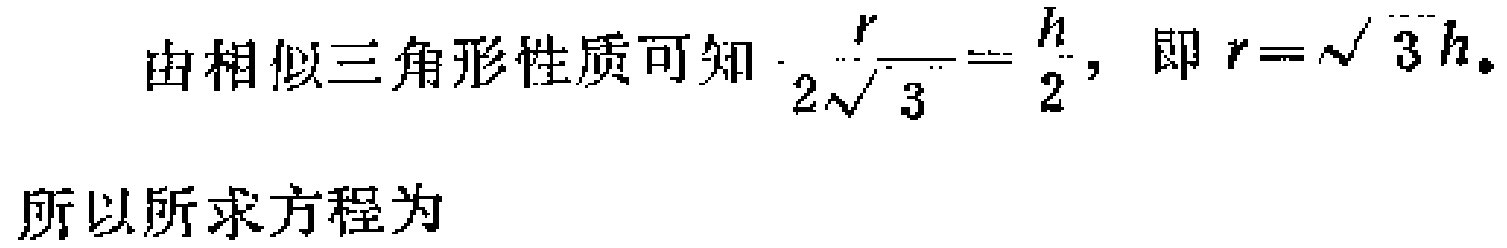
由相似三角形性质可知 \(\frac{r}{2\sqrt{3}} = \frac{h}{2}\)，即 \(r = \sqrt{3}h\)。

所以所求方程为